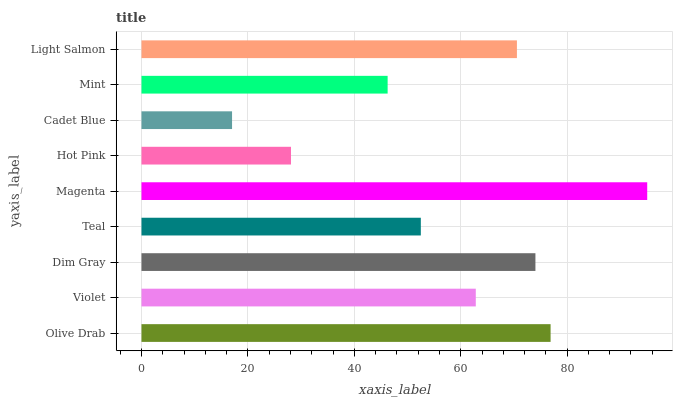
| yaxis_label | bars |
 | --- | --- |
 | Olive Drab | 76.9 |
 | Violet | 62.8 |
 | Dim Gray | 74 |
 | Teal | 52.5 |
 | Magenta | 95 |
 | Hot Pink | 28.1 |
 | Cadet Blue | 17 |
 | Mint | 46.3 |
 | Light Salmon | 70.6 |